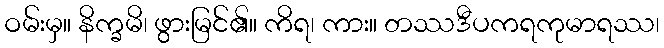
ဝမ်းမှ။ နိက္ခမိ၊ ဖွားမြင်၏။ ကိရ၊ ကား။ တဿဒီပကရကုမာရဿ၊